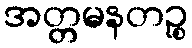
အတ္တမနတဉ္စ